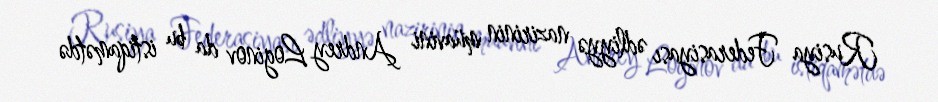
Rusiya Federasiyası ədliyyə nazirinin müavini Andrey Loginov da bu istiqamətdə